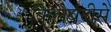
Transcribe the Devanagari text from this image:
किलेबंदीसे